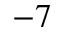
^ { - 7 }